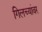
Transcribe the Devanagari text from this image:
गिलच्यांवर